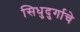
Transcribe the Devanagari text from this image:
सिधुदुर्गाचे